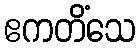
ဧကတိံသေ